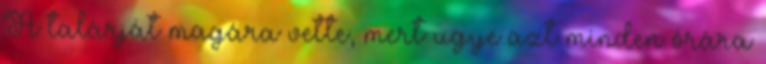
A talárját magára vette, mert ugye azt minden órára